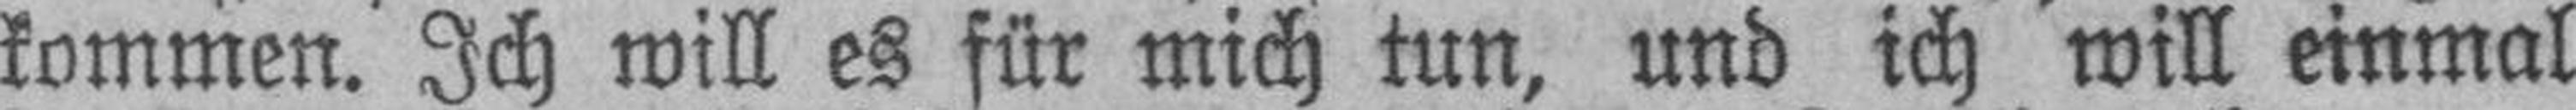
kommen. Ich will es für mich tun, und ich will einmal